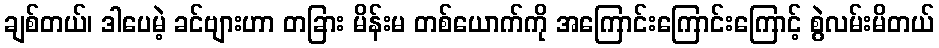
ချစ်တယ်၊ ဒါပေမဲ့ ခင်ဗျားဟာ တခြား မိန်းမ တစ်ယောက်ကို အကြောင်းကြောင်းကြောင့် စွဲလမ်းမိတယ်